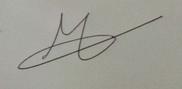
Signature authenticity: genuine